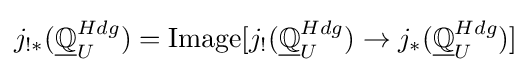
j_{!*}({\underline {\mathbb {Q} }}_{U}^{Hdg})=\operatorname  [j_{!}({\underline {\mathbb {Q} }}_{U}^{Hdg})\to j_{*}({\underline {\mathbb {Q} }}_{U}^{Hdg})]